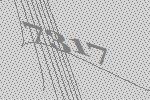
7317